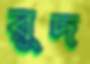
রুদ